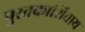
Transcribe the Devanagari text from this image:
पुस्तकाशिवाय